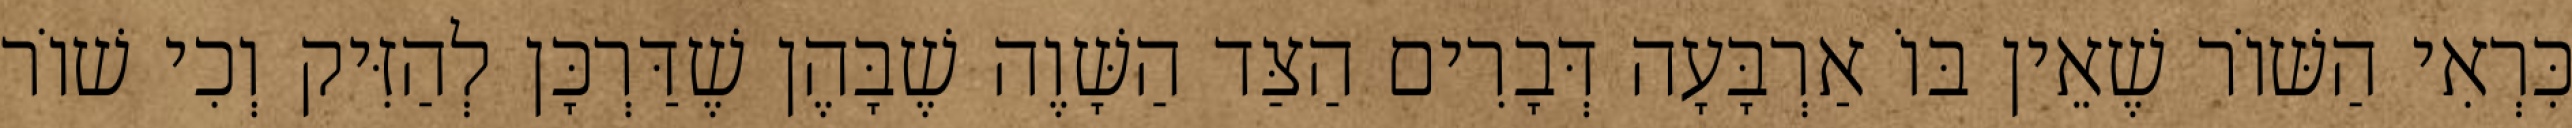
כִּרְאִי הַשּׁוֹר שֶׁאֵין בּוֹ אַרְבָּעָה דְּבָרִים הַצַּד הַשָּׁוֶה שֶׁבָּהֶן שֶׁדַּרְכָּן לְהַזִּיק וְכִי שׁוֹר